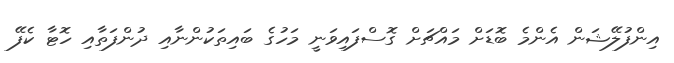
އިންފުލޭޝަން އެންމެ ބޮޑަށް މައްޗަށް ގޮސްފައިވަނީ މަހުގެ ބައިތަކުންނާއި ދުންފަތާއި ހޮޓާ ކެފޭ